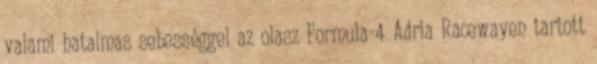
valami hatalmas sebességgel az olasz Formula-4 Adria Racewayen tartott